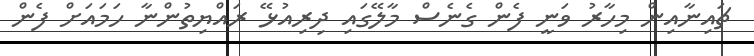
ޗައިނާއިން މިހާރު ވަނީ ފެން ގެނެސް މާލޭގައި ދިރިއުޅޭ ރައްޔިތުންނާ ހަމައަށް ފެން